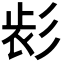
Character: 𢒕